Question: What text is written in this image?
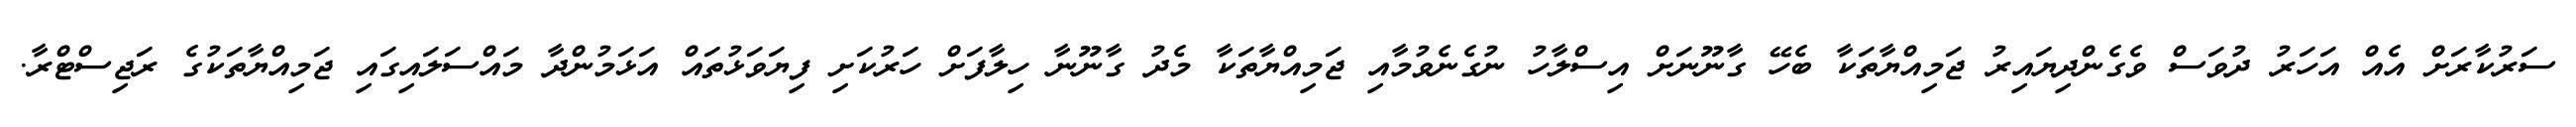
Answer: ސަރުކާރަށް އެއް އަހަރު ދުވަސް ވެގެންދިޔައިރު ޖަމިއްޔާތަކާ ބެހޭ ގާނޫނަށް އިސްލާހު ނުގެނެވުމާއި ޖަމިއްޔާތަކާ މެދު ގާނޫނާ ހިލާފަށް ހަރުކަށި ފިޔަވަޅުތައް އަޅަމުންދާ މައްސަލައިގައި ޖަމިއްޔާތަކުގެ ރަޖިސްޓްރާ.